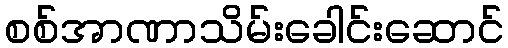
စစ်အာဏာသိမ်းခေါင်းဆောင်